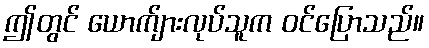
ဤတွင် ယောက်ျားလုပ်သူက ဝင်ပြောသည်။